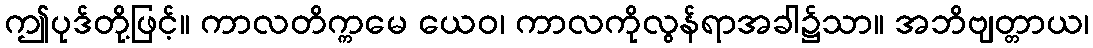
ဤပုဒ်တို့ဖြင့်။ ကာလတိက္ကမေ ယေဝ၊ ကာလကိုလွန်ရာအခါ၌သာ။ အဘိဗျတ္တာယ၊